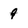
Character: 9